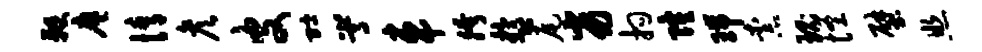
鞭廖情彦皮贮嵩车胯盂尾劣拘隆瑞柰瑰怪壁照